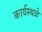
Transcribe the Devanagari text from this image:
कार्यस्थळे